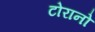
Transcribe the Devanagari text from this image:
टोरानो